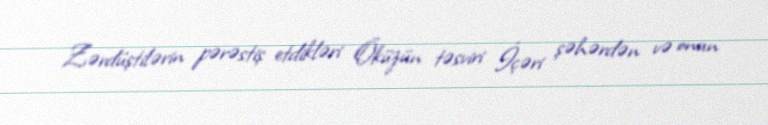
Zərdüştilərin pərəstiş etdikləri Öküzün təsviri İçəri şəhərdən və onun